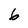
Character: 6